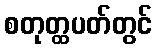
စတုတ္ထပတ်တွင်